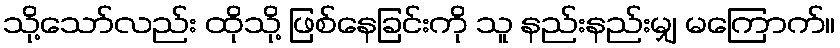
သို့သော်လည်း ထိုသို့ ဖြစ်နေခြင်းကို သူ နည်းနည်းမျှ မကြောက်။